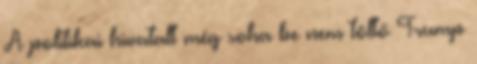
A politikai hivatalt még soha be nem töltő Trump